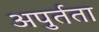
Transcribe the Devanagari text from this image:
अपुर्तता